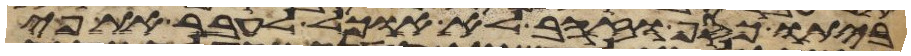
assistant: ביתו כסף או זהב לא אוכל לעבר את פי